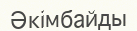
Әкімбайды